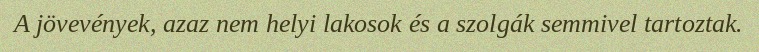
A jövevények, azaz nem helyi lakosok és a szolgák semmivel tartoztak.